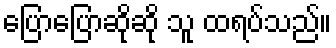
ပြောပြောဆိုဆို သူ ထရပ်သည်။